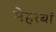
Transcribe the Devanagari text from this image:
मेहरबां